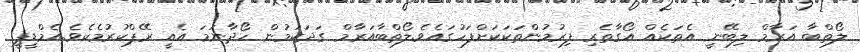
ލޯތްބާ އަރާމް ލިބޭނީ އެތަކެއް އޯގާތެރި ފިރުމުންތަކަކަށްފަހުގައެވެ.ލޯތްބާއަރާމް ގަދަކަމުން ހޯދާނަމަ އެއީ ރޭޕްކުރުމެކެވެ.އެމްޑީޕީ